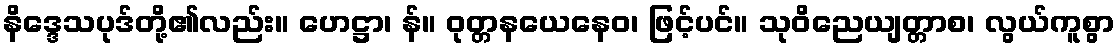
နိဒ္ဒေသပုဒ်တို့၏လည်း။ ဟေဋ္ဌာ၊ န်။ ဝုတ္တနယေနေဝ၊ ဖြင့်ပင်။ သုဝိညေယျတ္တာစ၊ လွယ်ကူစွာ